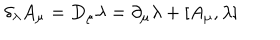
LaTeX: \delta _ { \lambda } A _ { \mu } = D _ { \mu } \lambda = \partial _ { \mu } \lambda + [ A _ { \mu } , \lambda ]